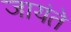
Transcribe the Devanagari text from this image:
जायंते